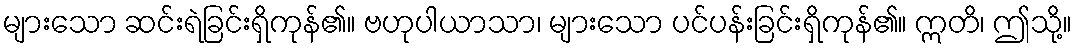
များသော ဆင်းရဲခြင်းရှိကုန်၏။ ဗဟုပါယာသာ၊ များသော ပင်ပန်းခြင်းရှိကုန်၏။ ဣတိ၊ ဤသို့။